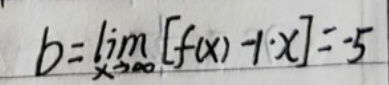
$b = \lim_{x \to \infty} [ f ( x ) - 1 \cdot x ] = - 5$